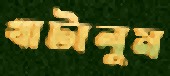
খাটালুম